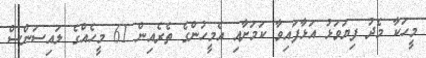
މީހަކާ މެދު ފިޔަވަޅު އަޅާފައިވާ ކަމަށާއި އެމީހުންގެ ތެރެއިން 61 މީހެއްގެ ލައިސަންސް